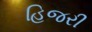
હિજરી